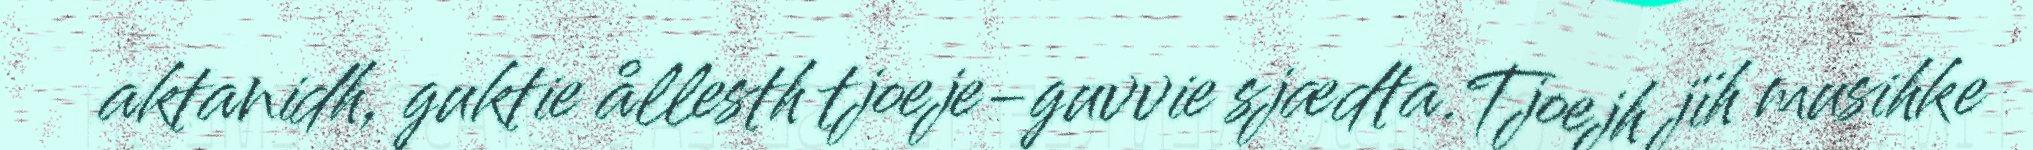
aktanidh, guktie ållesth tjoeje-guvvie sjædta.Tjoejh jïh musihke